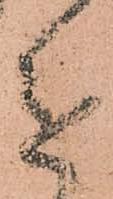
進